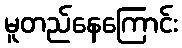
မူတည်နေကြောင်း